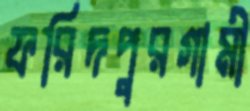
ফরিদপুরগামী